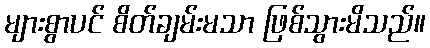
များစွာပင် စိတ်ချမ်းမသာ ဖြစ်သွားမိသည်။